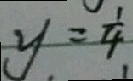
y = \frac { 1 } { 4 }